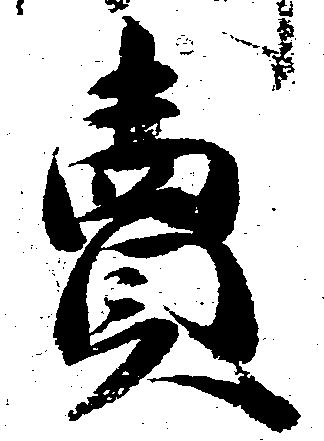
売